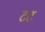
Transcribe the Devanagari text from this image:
टट